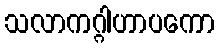
သလာကဂ္ဂါဟာပကော